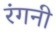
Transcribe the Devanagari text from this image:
रंगनी